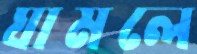
ঘামলে